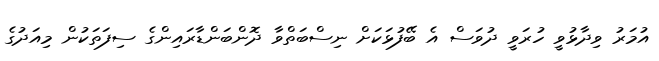
އުމަރު ވިދާޅުވީ ހުރަވީ ދުވަސް އެ ބޭފުޅަކަށް ނިސްބަތްވާ ދޮންބަންޑާރައިންގެ ސިފަތަކުން މިއަދުގެ